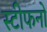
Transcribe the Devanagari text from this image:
स्टीफनो